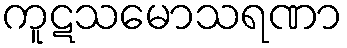
ကူဋသမောသရဏာ